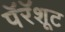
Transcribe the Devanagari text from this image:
पॅरॅशूट